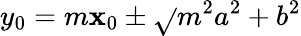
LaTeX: y_{0}=m\mathbf{x}_{0}\pm{\sqrt{}{{m^{2}a^{2}+b^{2}}}}